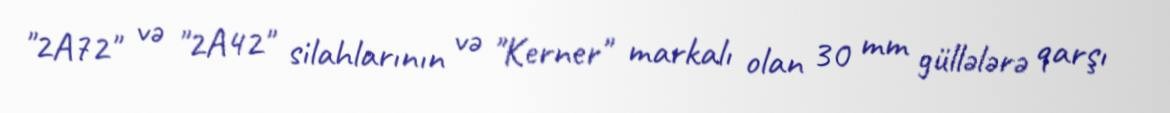
"2A72" və "2A42" silahlarının və "Kerner" markalı olan 30 mm güllələrə qarşı